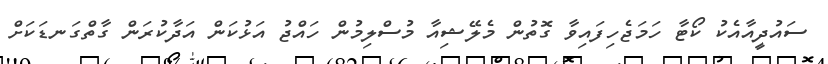
ސައުދީއާއެކު ކޯޓާ ހަމަޖެހިފައިވާ ގޮތުން މެލޭޝިއާ މުސްލިމުން ހައްޖު އަޅުކަން އަދާކުރަން ގާތްގަނޑަކަށް